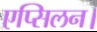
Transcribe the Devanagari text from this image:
एप्सिलन।